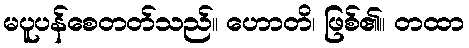
မပူပန်စေတတ်သည်။ ဟောတိ၊ ဖြစ်၏။ တထာ